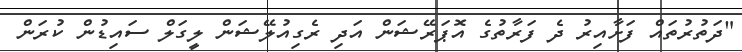
"ދަތުރުތައް ފަށާއިރު ދެ ފަރާތުގެ އޮޕަރޭޝަން އަދި ރެގިއުލޭޝަން ލީގަލް ސައިޑުން ކުރަން